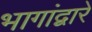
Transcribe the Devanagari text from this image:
भागांद्वारे